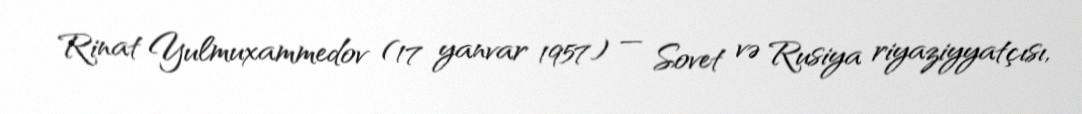
Rinat Yulmuxammedov (17 yanvar 1957) — Sovet və Rusiya riyaziyyatçısı,